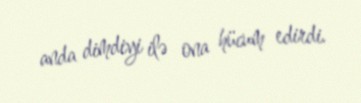
anda dimdiyi ilə ona hücum edirdi.